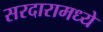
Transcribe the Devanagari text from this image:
सरदारामध्ये